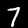
Label: 7